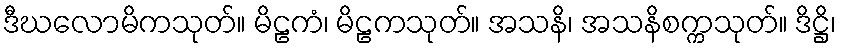
ဒီဃလောမိကသုတ်။ မိဠကံ၊ မိဠကသုတ်။ အသနိ၊ အသနိစက္ကသုတ်။ ဒိဋ္ဌိ၊